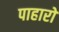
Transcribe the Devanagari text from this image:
पाहारो